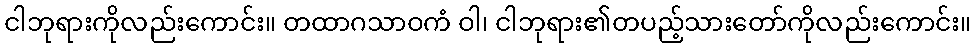
ငါဘုရားကိုလည်းကောင်း။ တထာဂသာဝကံ ဝါ၊ ငါဘုရား၏တပည့်သားတော်ကိုလည်းကောင်း။